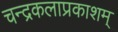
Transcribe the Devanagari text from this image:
चन्द्रकलाप्रकाशम्